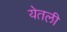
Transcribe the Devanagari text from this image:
येतली